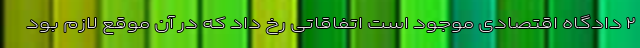
۲ دادگاه اقتصادی موجود است اتفاقاتی رخ داد که در آن موقع لازم بود